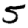
Digit: 5